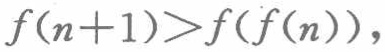
\(f(n + 1)>f(f(n)),\)